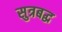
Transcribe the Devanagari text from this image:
सुत्रबद्ध